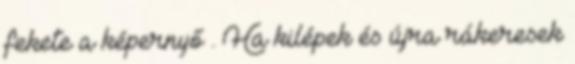
fekete a képernyő . Ha kilépek és újra rákeresek